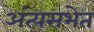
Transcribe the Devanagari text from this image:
अंत्यसभेत